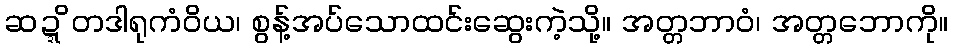
ဆဍ္ဍိတဒါရုကံဝိယ၊ စွန့်အပ်သောထင်းဆွေးကဲ့သို့။ အတ္တဘာဝံ၊ အတ္တဘောကို။